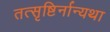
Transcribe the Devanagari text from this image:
तत्सृष्टिर्नान्यथा